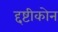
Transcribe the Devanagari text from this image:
द्दष्टीकोन